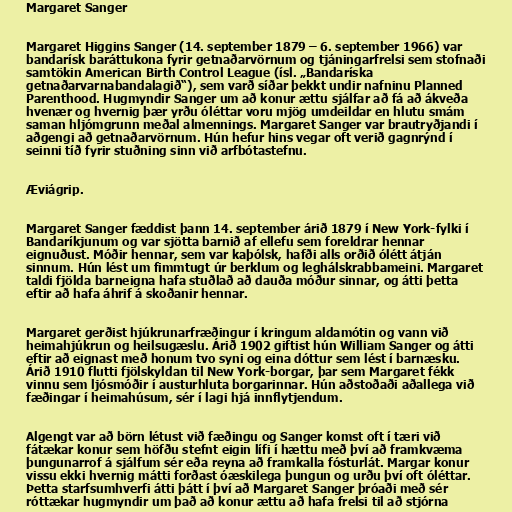
Margaret Sanger

Margaret Higgins Sanger (14. september 1879 – 6. september 1966) var
bandarísk baráttukona fyrir getnaðarvörnum og tjáningarfrelsi sem stofnaði
samtökin American Birth Control League (ísl. „Bandaríska
getnaðarvarnabandalagið“), sem varð síðar þekkt undir nafninu Planned
Parenthood. Hugmyndir Sanger um að konur ættu sjálfar að fá að ákveða
hvenær og hvernig þær yrðu óléttar voru mjög umdeildar en hlutu smám
saman hljómgrunn meðal almennings. Margaret Sanger var brautryðjandi í
aðgengi að getnaðarvörnum. Hún hefur hins vegar oft verið gagnrýnd í
seinni tíð fyrir stuðning sinn við arfbótastefnu.

Æviágrip.

Margaret Sanger fæddist þann 14. september árið 1879 í New York-fylki í
Bandaríkjunum og var sjötta barnið af ellefu sem foreldrar hennar
eignuðust. Móðir hennar, sem var kaþólsk, hafði alls orðið ólétt átján
sinnum. Hún lést um fimmtugt úr berklum og leghálskrabbameini. Margaret
taldi fjölda barneigna hafa stuðlað að dauða móður sinnar, og átti þetta
eftir að hafa áhrif á skoðanir hennar.

Margaret gerðist hjúkrunarfræðingur í kringum aldamótin og vann við
heimahjúkrun og heilsugæslu. Árið 1902 giftist hún William Sanger og átti
eftir að eignast með honum tvo syni og eina dóttur sem lést í barnæsku.
Árið 1910 flutti fjölskyldan til New York-borgar, þar sem Margaret fékk
vinnu sem ljósmóðir í austurhluta borgarinnar. Hún aðstoðaði aðallega við
fæðingar í heimahúsum, sér í lagi hjá innflytjendum.

Algengt var að börn létust við fæðingu og Sanger komst oft í tæri við
fátækar konur sem höfðu stefnt eigin lífi í hættu með því að framkvæma
þungunarrof á sjálfum sér eða reyna að framkalla fósturlát. Margar konur
vissu ekki hvernig mátti forðast óæskilega þungun og urðu því oft óléttar.
Þetta starfsumhverfi átti þátt í því að Margaret Sanger þróaði með sér
róttækar hugmyndir um það að konur ættu að hafa frelsi til að stjórna